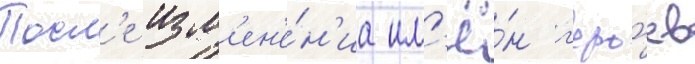
Посл'е изм'ен'е́н'иа им'ё́н г'еро́ев